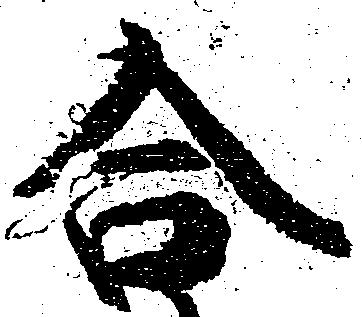
合